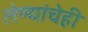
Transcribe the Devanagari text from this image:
लेण्यांचेही